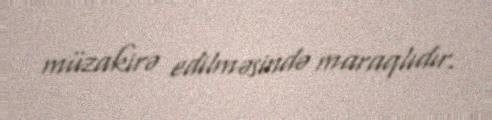
müzakirə edilməsində maraqlıdır.